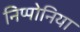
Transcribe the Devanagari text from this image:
निप्पोनिया